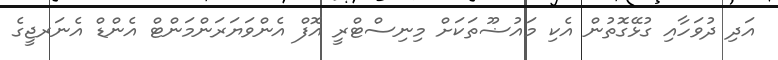
އަދި ދުވަހާއި ގުޅޭގޮތުން އެކި މައުޟޫތަކަށް މިނިސްޓްރީ އޮފް އެންވަޔަރަންމަންޓް އެންޑް އެނަރޖީގެ